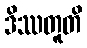
ဒိဿတူတိ